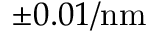
\pm 0 . 0 1 / \mathrm { n m }